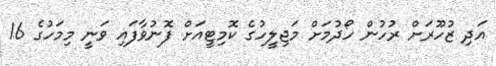
އަދި ޒުހޫރަށް ރުހުން ހޯދުމަށް މަޖިލީހުގެ ކޮމިޓީއަށް ފޮނުވާފައި ވަނީ މިމަހުގެ 16